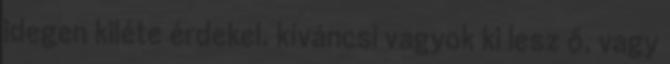
idegen kiléte érdekel. kíváncsi vagyok ki lesz ő, vagy